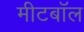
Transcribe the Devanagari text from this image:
मीटबॉल